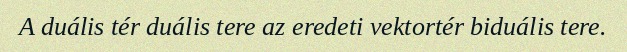
A duális tér duális tere az eredeti vektortér biduális tere.